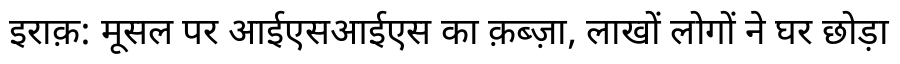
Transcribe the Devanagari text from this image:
इराक़: मूसल पर आईएसआईएस का क़ब्ज़ा, लाखों लोगों ने घर छोड़ा